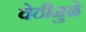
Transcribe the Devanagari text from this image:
वेठीमुळे